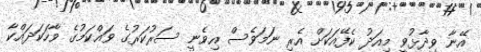
އޭނާ ވިދާޅުވީ މިއަދު ކެފޭއަކަށް އެރި ނަމަވެސް އިވެނީ ސަރުކަރުގެ ވައްކަމުގެ ވާހަކަދައްކާ